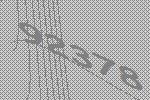
92378